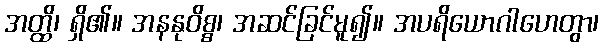
အတ္ထိ၊ ရှိ၏။ အနနုဝိစ္စ၊ အဆင်ခြင်မူ၍။ အပရိယောဂါဟေတွာ၊